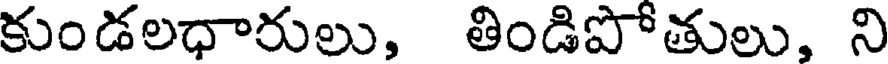
కుండలధారులు, తిండిపోతులు, ని